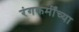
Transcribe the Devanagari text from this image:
रंगकर्मींच्या